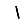
Digit: 1